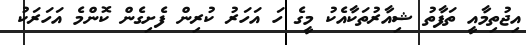
އިޖުތިމާއީ ތަފާތު ޝިއާރުތަކާއެކު މީގެ ހަ އަހަރު ކުރިން ފެށިގެން ކޮންމެ އަހަރަކު